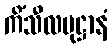
ကိံသီလမုဋ္ဌာနံ